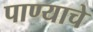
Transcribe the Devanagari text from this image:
पाण्‍याचे